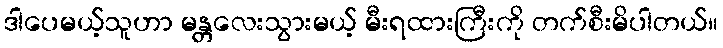
ဒါပေမယ့်သူဟာ မန္တလေးသွားမယ့် မီးရထားကြီးကို တက်စီးမိပါတယ်။